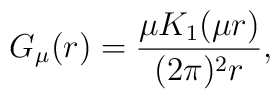
G_{\mu}(r)=\frac{\mu K_{1}(\mu r)}{(2\pi)^{2}r},